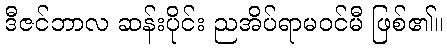
ဒီဇင်ဘာလ ဆန်းပိုင်း ညအိပ်ရာမဝင်မီ ဖြစ်၏။